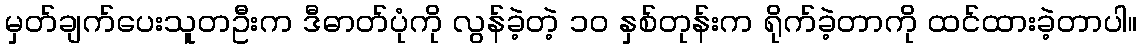
မှတ်ချက်ပေးသူတဦးက ဒီဓာတ်ပုံကို လွန်ခဲ့တဲ့ ၁၀ နှစ်တုန်းက ရိုက်ခဲ့တာကို ထင်ထားခဲ့တာပါ။